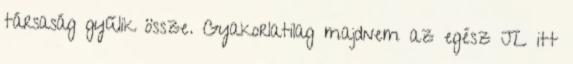
társaság gyűlik össze. Gyakorlatilag majdnem az egész JL itt